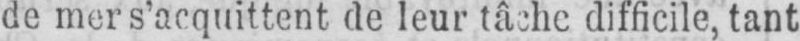
de mer s’acquittent de leur tâche difficile, tant